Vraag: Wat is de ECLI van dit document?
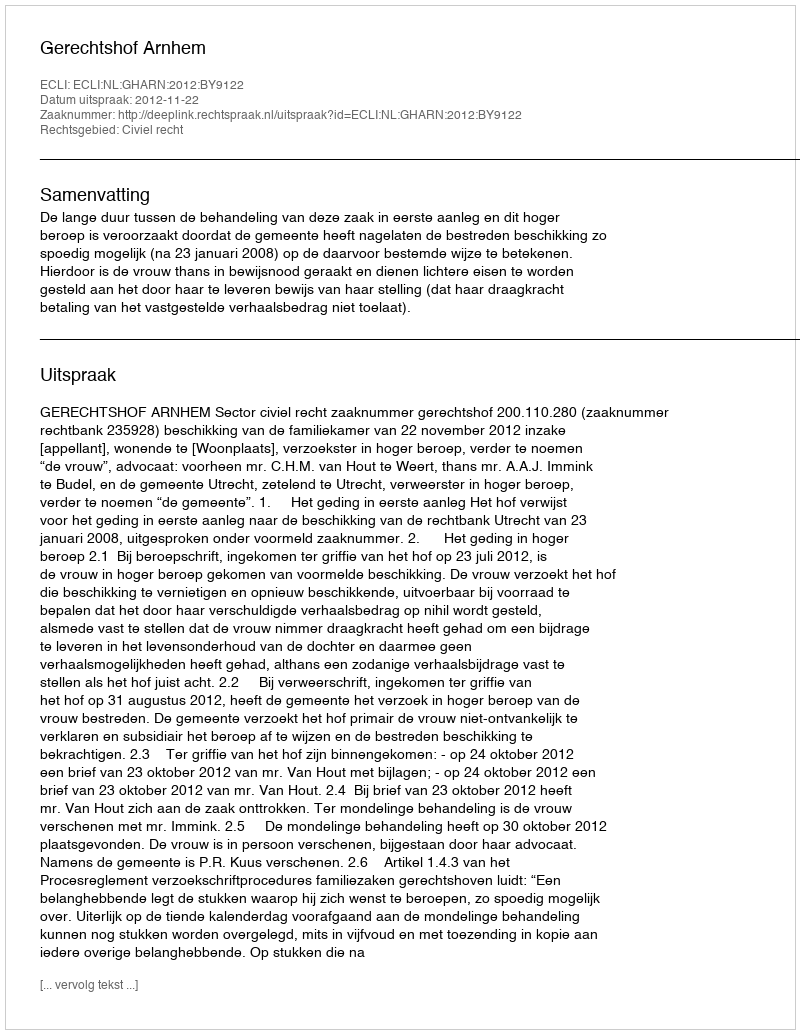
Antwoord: ECLI:NL:GHARN:2012:BY9122